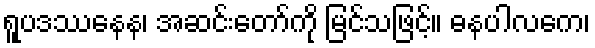
ရူပဒဿနေန၊ အဆင်းတော်ကို မြင်သဖြင့်။ ဓနပါလကေ၊